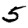
Digit: 5